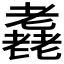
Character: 𦓈